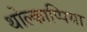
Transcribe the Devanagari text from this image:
थोल्काप्पिया